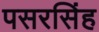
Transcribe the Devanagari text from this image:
पसरसिंह